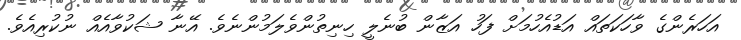
އަހަރެންގެ ވާހަކަތައް އަޑުއެހުމަށް ފަހު އަޒާން ބުނެލީ ހިނިތުންވެލަމުންނެވެ. އޭނާ ޝަކުވާއެއް ނުކުރިއެވެ.